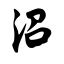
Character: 沼